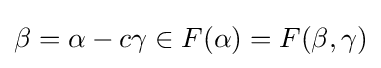
\beta =\alpha -c\gamma \in F(\alpha )=F(\beta ,\gamma )